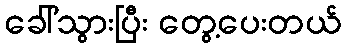
ခေါ်သွားပြီး တွေ့ပေးတယ်